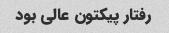
رفتار پیکتون عالی بود